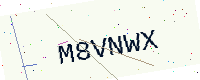
Text: M8VNWX